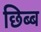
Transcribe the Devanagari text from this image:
छिब्ब